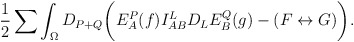
\begin{align*}{1 \over 2}\sum\int_{\Omega} D_{P+Q}\biggl(E^P_A(f)I^L_{AB}D_LE^Q_B(g) - (F \leftrightarrow G) \biggr) .\end{align*}